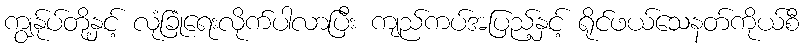
ကျွန်ုပ်တို့နှင့် လုံခြုံရေးလိုက်ပါလာပြီး ကျည်ကပ်အပြည့်နှင့် ရိုင်ဖယ်သေနတ်ကိုယ်စီ